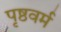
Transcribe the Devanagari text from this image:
पृष्ठवर्म